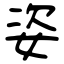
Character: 姿